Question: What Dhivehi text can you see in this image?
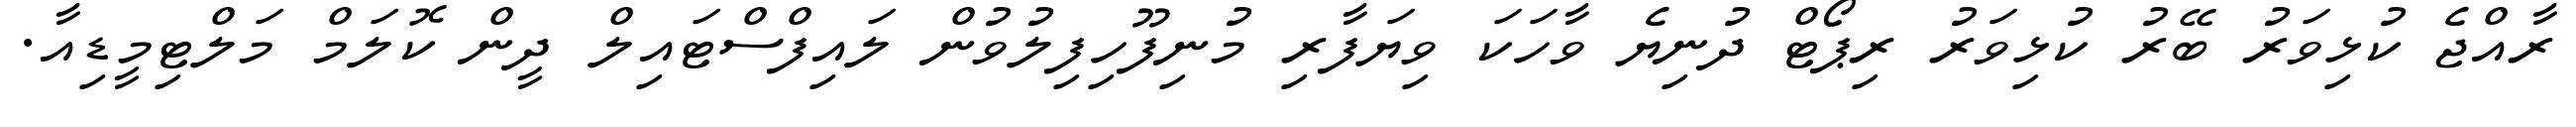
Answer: ރާއްޖެ ކުޅިވަރު ބޭރު ކުޅިވަރު ރިޕޯޓް ދުނިޔެ ވާހަކަ ވިޔަފާރި މުނިފޫހިފިލުވުން ލައިފްސްޓައިލް ދީން ކޮލަމް މަލްޓިމީޑިއާ.